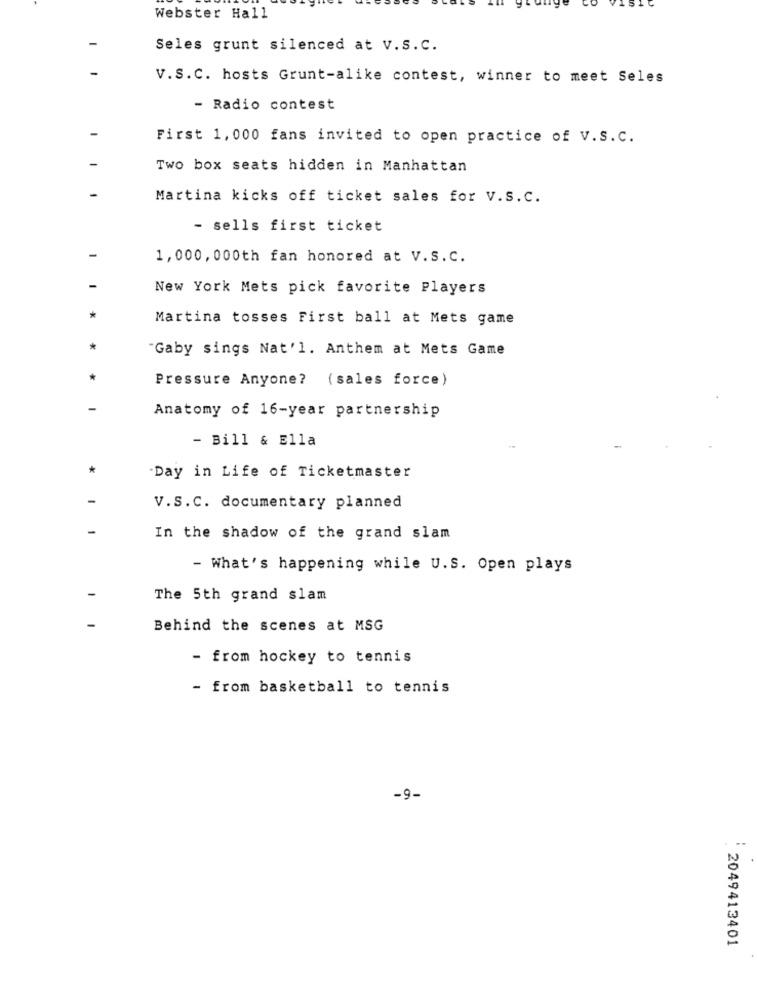
Webster Hall
Seles grunt silenced at V.S.C.
V.S.C. hosts Grunt-alike contest, winner to meet Seles
- Radio contest
First 1,000 fans invited to open practice of V.S.C.
Two box seats hidden in Manhattan
Martina kicks off ticket sales for V.S.C.
- sells first ticket
1,000, 000th fan honored at V.S.C.
New York Mets pick favorite Players
Martina tosses First ball at Mets game
Gaby sings Nat'l. Anthem at Mets Game
Pressure Anyone? (sales force)
Anatomy of 16-year partnership
- Bill & Ella
-Day in Life of Ticketmaster
V.S.C. documentary planned
In the shadow of the grand slam
- What's happening while U.S. Open plays
The 5th grand slam
Behind the scenes at MSG
- from hockey to tennis
- from basketball to tennis
-9-
2049413401